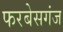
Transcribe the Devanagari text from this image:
फरबेसगंज